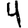
Digit: 4